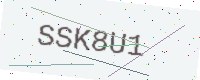
Text: SSK8U1